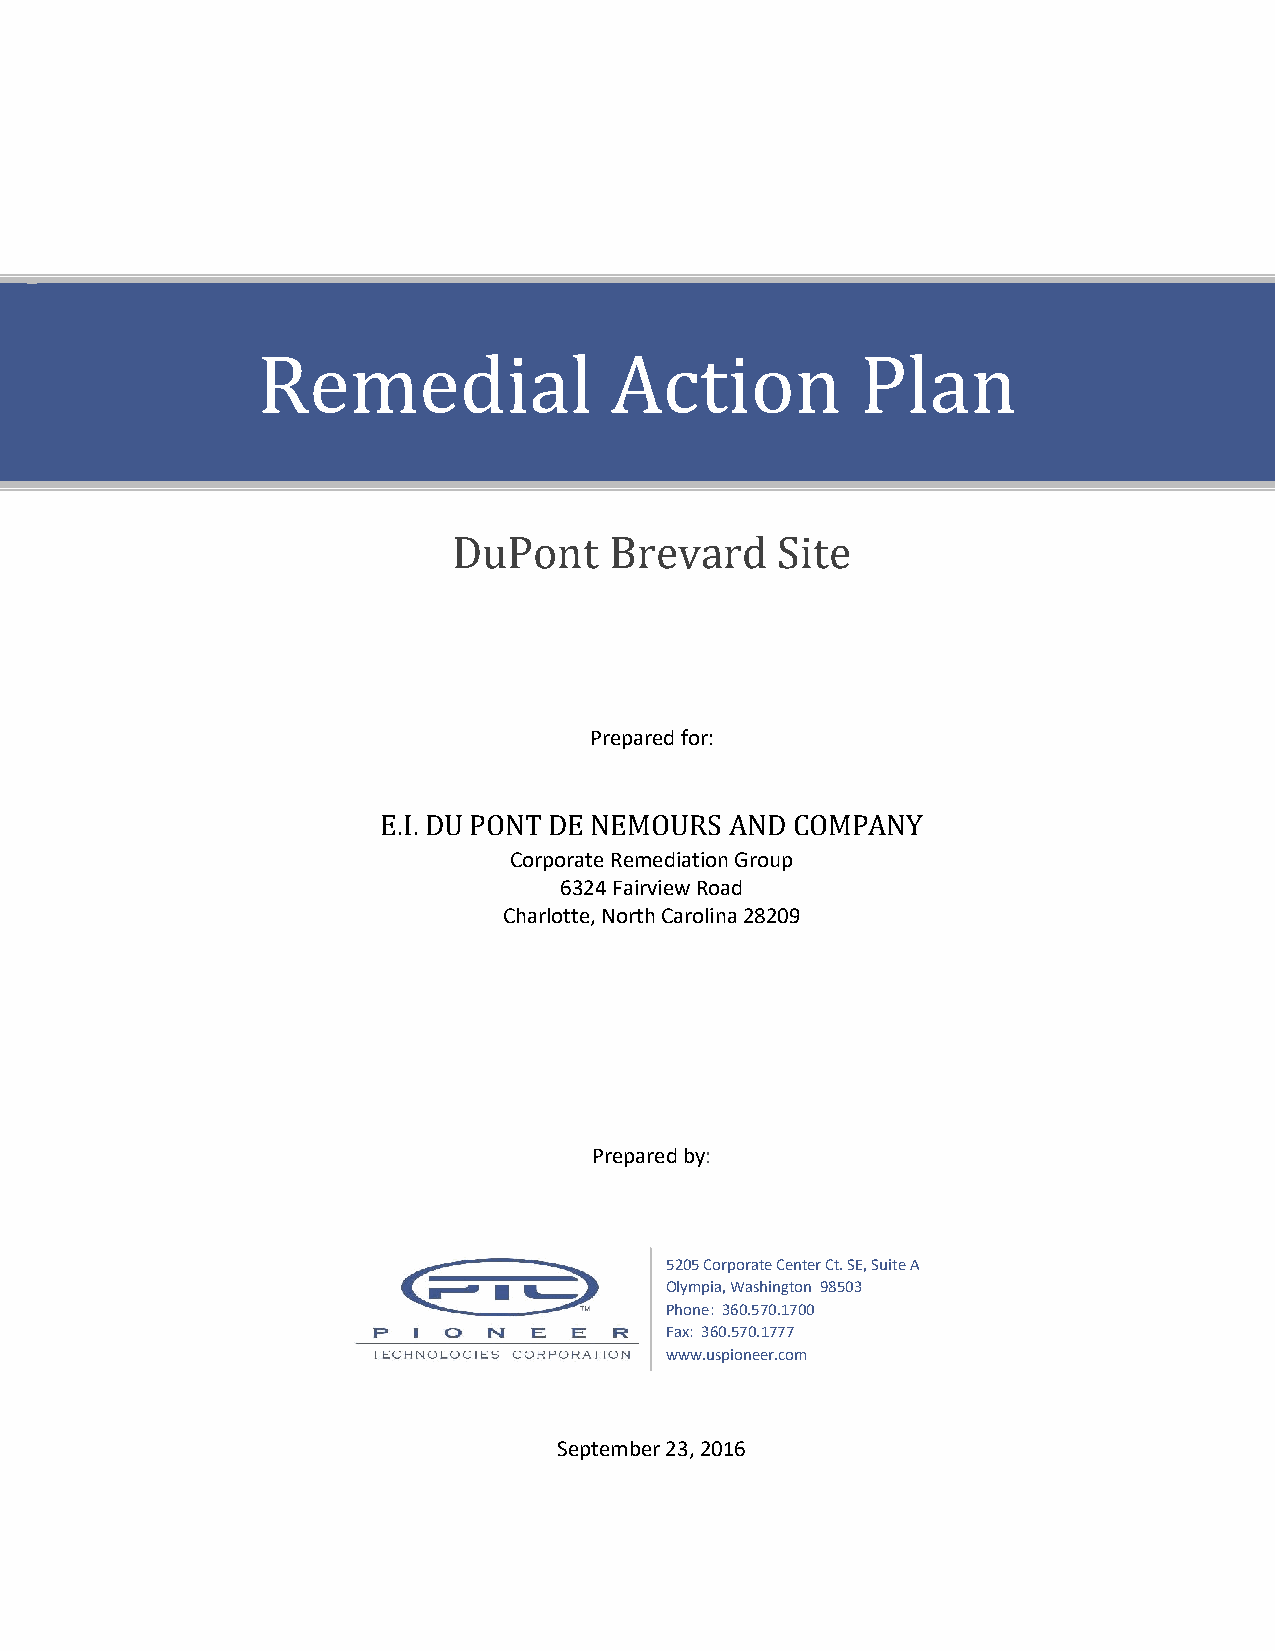
Remedial               Action           Plan
 DuPont    Brevard    Site
 Prepared for:
 E.I. DU PONT DE NEMOURS AND COMPANY
 Corporate Remediation Group
 6324 Fairview Road
 Charlotte, North Carolina 28209
 Prepared by:
 5205 Corporate Center Ct. SE, Suite A
 Olympia, Washington 98503
 Phone: 360.570.1700
 Fax: 360.570.1777
 www.uspioneer.com
 September 23, 2016